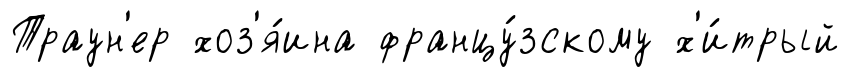
Траун'ер хоз'я́ина францу́зскому х'и́трый